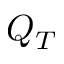
Q _ { T }